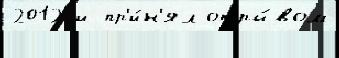
2012 и пр'и́н'ял отры́вом